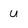
Character: U